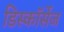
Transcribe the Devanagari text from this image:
डिस्कॉर्सेज